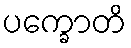
ပက္ခောတိ